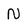
Character: N